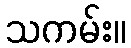
သကမ်း။